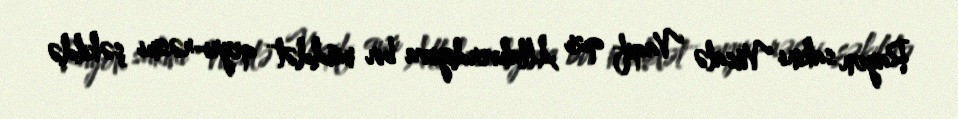
Rayon sakini Vüsalə Vaqif qızı Allahverdiyeva bir müddət qeyri-rəsmi şəkildə